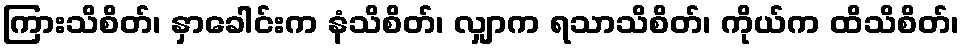
ကြားသိစိတ်၊ နှာခေါင်းက နံသိစိတ်၊ လျှာက ရသာသိစိတ်၊ ကိုယ်က ထိသိစိတ်၊